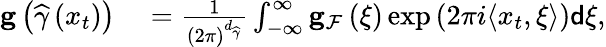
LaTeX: \begin{array}{rl}{\mathbf{g}\left(\widehat{\gamma}\left(x_{t}\right)\right)}&{{}=\frac{1}{\left(2\pi\right)^{d_{\widehat{\gamma}}}}\int_{-\infty}^{\infty}\mathbf{g}_{\mathcal{F}}\left(\xi\right)\exp\left(2\pi i\langle x_{t},\xi\rangle\right)\mathsf{d}\xi,}\end{array}